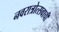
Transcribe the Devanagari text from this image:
नवरात्रोत्सवाची